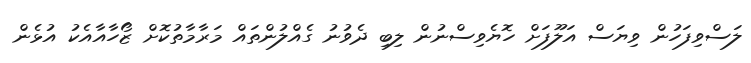
ލަސްވިފަހުން ވިޔަސް އަލޫފަށް ހޮޔެވިސްނުން ލިބި ދެވުނު ގެއްލުންތައް މަރާމާތުކޮށް ޒޯހާއާއެކު އުޅެން